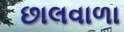
છાલવાળા